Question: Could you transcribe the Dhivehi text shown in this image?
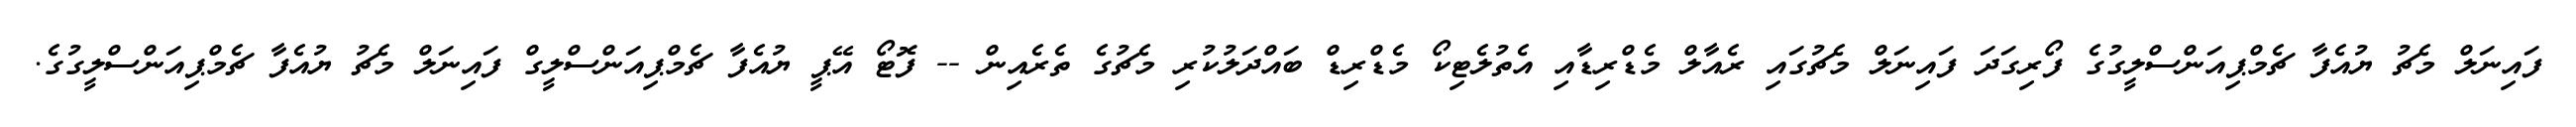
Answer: ފައިނަލް މެޗު ޔުއެފާ ޗެމްޕިއަންސްލީގުގެ ފޯރިގަދަ ފައިނަލް މެޗުގައި ރެއާލް މެޑްރިޑާއި އެތުލެޓިކޯ މެޑްރިޑް ބައްދަލުކުރި މެޗުގެ ތެރެއިން -- ފޮޓޯ އޭޕީ ޔުއެފާ ޗެމްޕިއަންސްލީގް ފައިނަލް މެޗު ޔުއެފާ ޗެމްޕިއަންސްލީގުގެ.